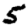
Digit: 5